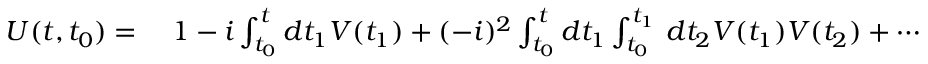
\begin{array} { r l } { U ( t , t _ { 0 } ) = { } } & { { } 1 - i \int _ { t _ { 0 } } ^ { t } d t _ { 1 } V ( t _ { 1 } ) + ( - i ) ^ { 2 } \int _ { t _ { 0 } } ^ { t } d t _ { 1 } \int _ { t _ { 0 } } ^ { t _ { 1 } } \, d t _ { 2 } V ( t _ { 1 } ) V ( t _ { 2 } ) + \cdots } \end{array}